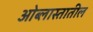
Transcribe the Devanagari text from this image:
ओब्लास्तातील